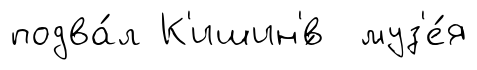
подва́л К'ишин'́в муз'е́я